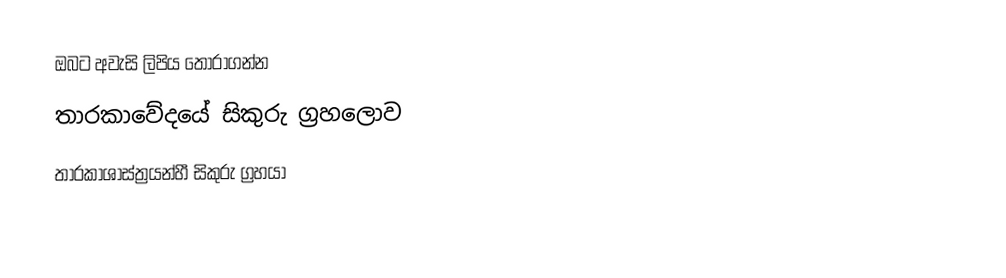
ඔබට අවැසි ලිපිය තෝරාගන්න
 තාරකාවේදයේ සිකුරු ග්‍රහලොව
 තාරකාශාස්ත්‍රයන්හී සිකුරු ග්‍රහයා